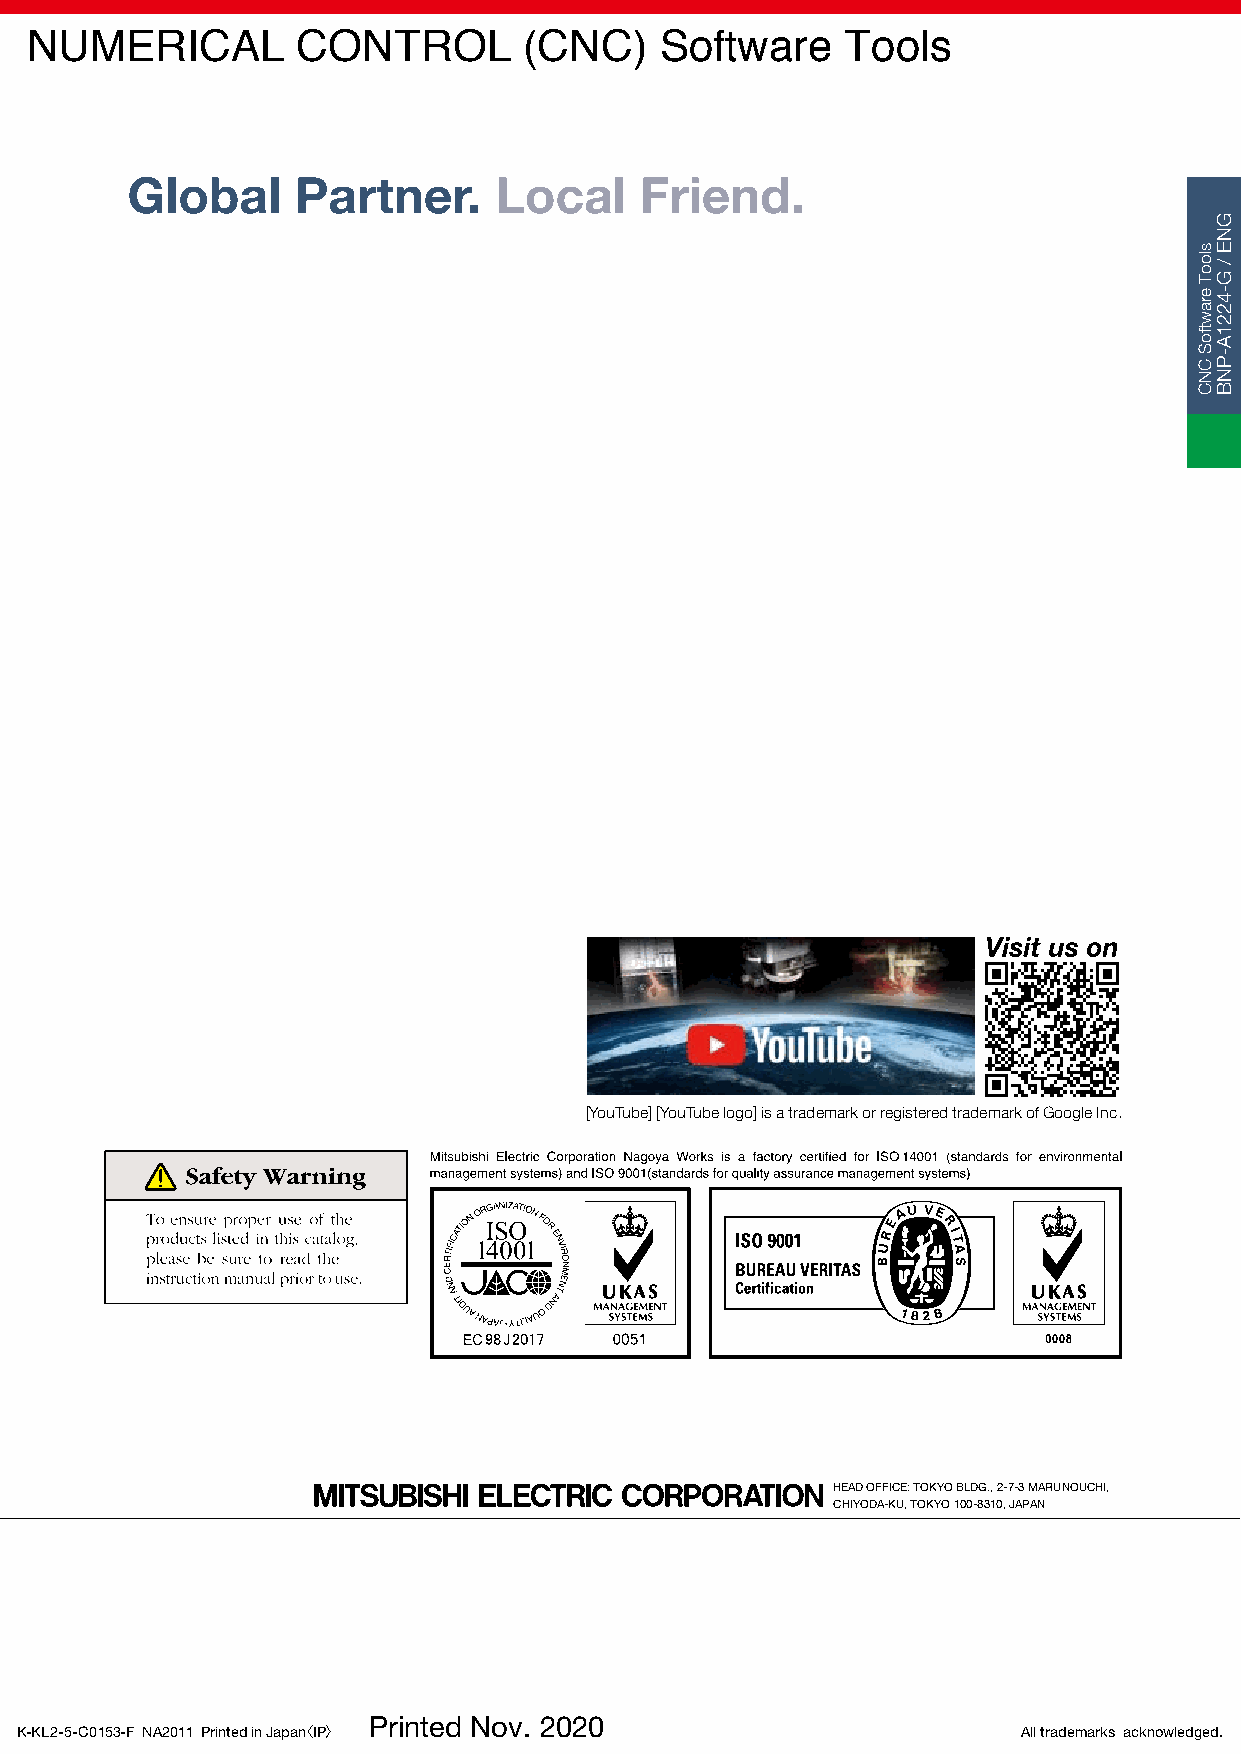
NUMERICAL         CONTROL        (CNC)    Software    Tools
 Global      Partner.     Local    Friend.
 FACTORY    AUTOMATION
 NUMERICAL                    CONTROL                 (CNC)
 Software             Tools
 [YouTube] [YouTube logo] is a trademark or registered trademark of Google Inc.
 HEAD OFFICE: TOKYO BLDG., 2-7-3 MARUNOUCHI,
 CHIYODA-KU, TOKYO 100-8310, JAPAN
 Printed Nov. 2020
 K-KL2-5-C0153-F NA2011 Printed in Japan〈IP〉                        All trademarks acknowledged.
 slooT
 erawtfoS
 CNC
 GNE
 /
 G-4221A-PNB